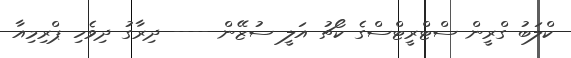
ކްލަބު ގްރީން ސްޓްރީޓްސްގެ ކޯޗު އަލީ ސުޒޭން ---- ދިރާގު ދިވެހި ޕްރިމިއާ